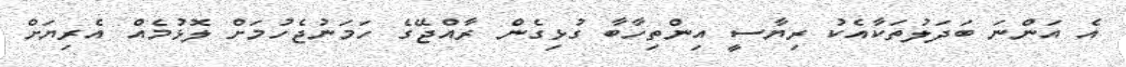
އެ އަންނަ ބަދަލުތަކާއެކު ރިޔާސީ އިންތިހާބާ ގުޅިގެން ރާއްޖޭގެ ހަމަނުޖެހުމަށް ލޮޅުމެއް އެރިޔަށް